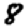
Digit: 8